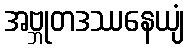
အဗ္ဘုတဒဿနေယျံ